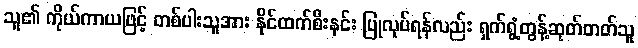
သူ၏ ကိုယ်ကာယဖြင့် တစ်ပါးသူအား နိုင်ထက်စီးနင်း ပြုလုပ်ရန်လည်း ရှက်ရွံ့တွန့်ဆုတ်တတ်သူ